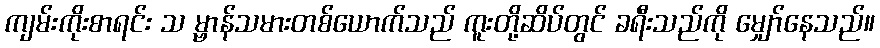
ကျမ်းကိုးစာရင်း သ မ္ဗာန်သမားတစ်ယောက်သည် ကူးတို့ဆိပ်တွင် ခရီးသည်ကို မျှော်နေသည်။